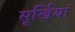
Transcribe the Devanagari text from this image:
सूर्खियां